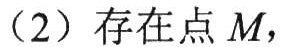
（2）存在点 \(M\)，